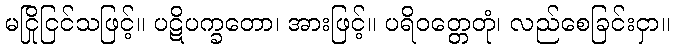
မငြိုငြင်သဖြင့်။ ပဋိပက္ခတော၊ အားဖြင့်။ ပရိဝတ္တေတုံ၊ လည်စေခြင်းငှာ။